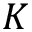
K